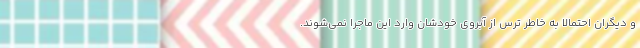
و دیگران احتمالا به خاطر ترس از آبروی خودشان وارد این ماجرا نمی‌شوند.